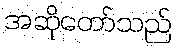
အဆိုတော်သည်